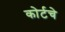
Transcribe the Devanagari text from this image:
कोर्टचे